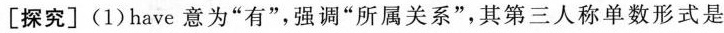
[探究](1)have意为”有”，强调”所属关系”，其第三人称单数形式是